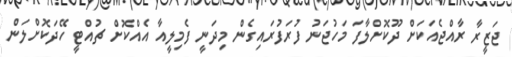
ޖަޒީރާ ރާއްޖެއަކަށް ދޫކޮށްލާފަ މަހުޖަނު ފުރަފުރައިގެން މިދަނީ ފެމިލީއާ އެއްކޮށް ޗުއްޓީ ހޭދަކޮށްލަން